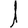
Digit: 1